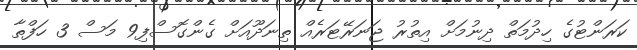
ކަރަންޓުގެ ހިދުމަތް ދިނުމަށް އިތުރު ޖަނަރޭޓަރެއް ތިނަދޫއަށް ގެންގޮސްފި9 މަސް 3 ހަފްތާ